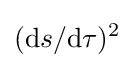
({\text{d}}s/{\text{d}}\tau )^{2}